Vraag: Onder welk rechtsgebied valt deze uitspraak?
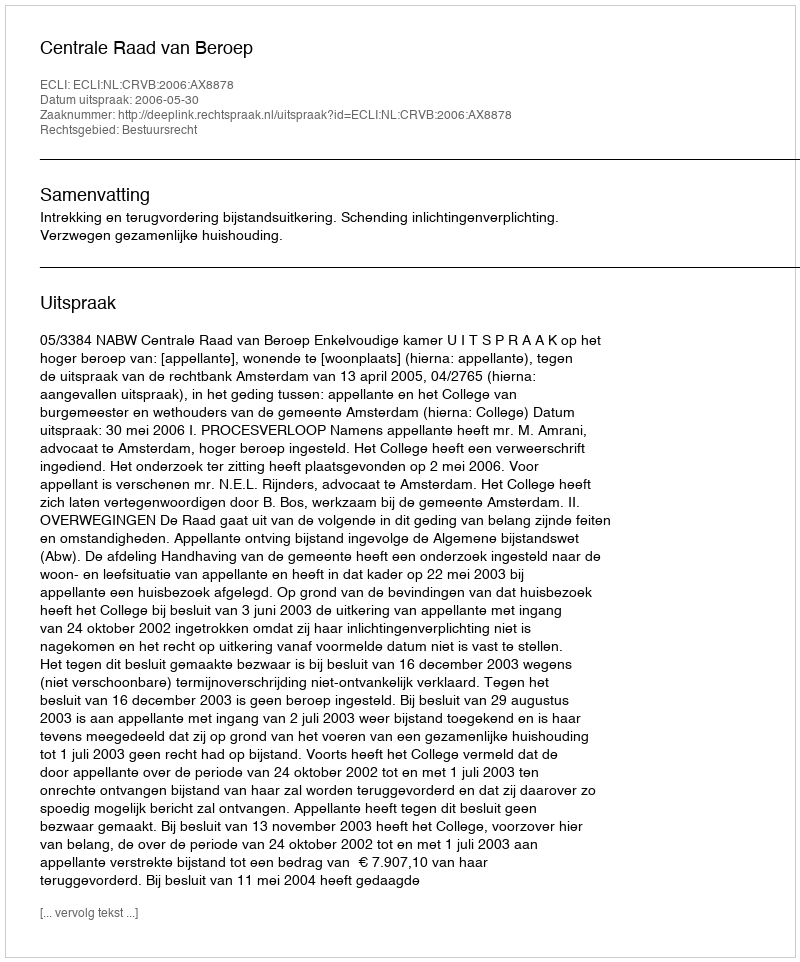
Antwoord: Bestuursrecht